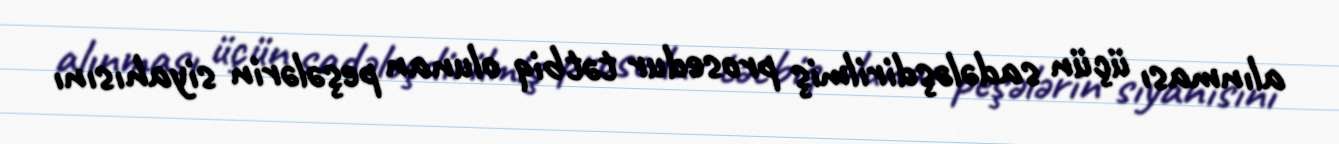
alınması üçün sadələşdirilmiş prosedur tətbiq olunan peşələrin siyahısını